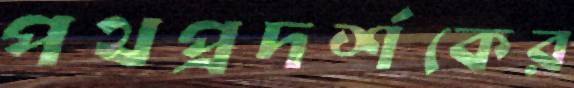
পথপ্রদর্শকের